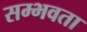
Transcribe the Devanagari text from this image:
सम्भवता